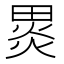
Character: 𭻞